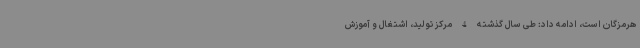
هرمزگان است، ادامه داد: طی سال گذشته 4 مرکز تولید، اشتغال و آموزش